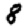
Digit: 8